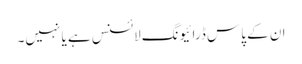
ان کے پاس ڈرائیونگ لائسنس ہے یا نہیں۔